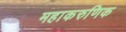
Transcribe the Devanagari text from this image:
महाकरुणिक